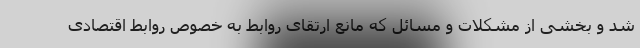
شد و بخشی از مشکلات و مسائل که مانع ارتقای روابط به خصوص روابط اقتصادی